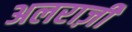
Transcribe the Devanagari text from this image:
अलराज़ी